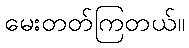
မေးတတ်ကြတယ်။